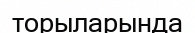
торыларында